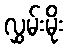
လွှမ်းမိုး